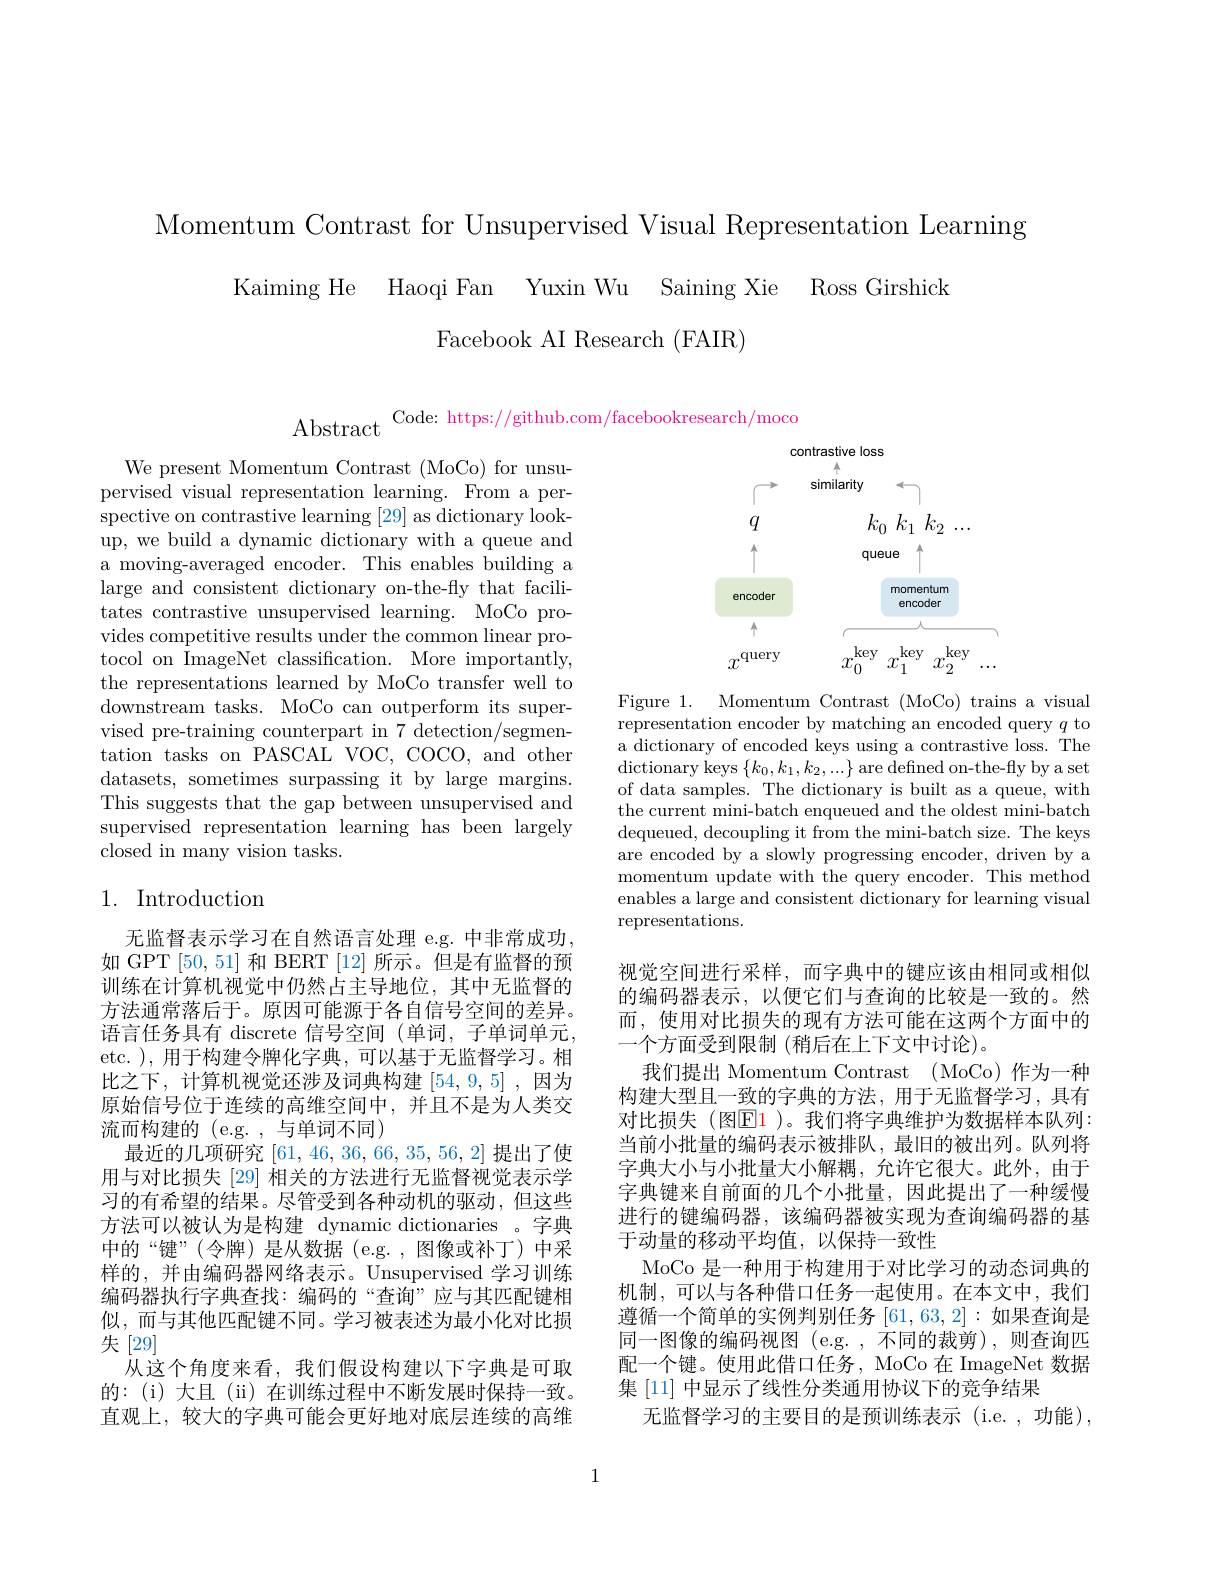
Momentum Contrast for Unsupervised Visual Representation Learning
Kaiming He Haoqi Fan Yuxin Wu Saining Xie Ross Girshick
Facebook AI Research (FAIR)

$\mathrm{Abstract}^{\mathrm{Code:~https://github.com/facebookresearch/moco}}$

We present Momentum Contrast (MoCo) for unsupervised visual representation learning. From a perspective on contrastive learning [29] as dictionary lookup, we build a dynamic dictionary with a queue and a moving-averaged encoder. This enables building a large and consistent dictionary on-the-fly that facilitates contrastive unsupervised learning. MoCo provides competitive results under the common linear protocol on ImageNet classification. More importantly, the representations learned by MoCo transfer well to downstream tasks. MoCo can outperform its supervised pre-training counterpart in 7 detection/segmentation tasks on PASCAL VOC, COCO, and other datasets, sometimes surpassing it by large margins. This suggests that the gap between unsupervised and supervised representation learning has been largely closed in many vision tasks.

## 1. Introduction

无监督表示学习在自然语言处理 e.g. 中非常成功如 GPT [50,51]和 BERT [12]所示。但是有监督的预训练在计算机视觉中仍然占主导地位，其中无监督的方法通常落后于。原因可能源于各自信号空间的差异。语言任务具有 discrete 信号空间 (单词，子单词单元， etc. ),用于构建令牌化字典，可以基于无监督学习。相比之下，计算机视觉还涉及词典构建[54,9,5],因为原始信号位于连续的高维空间中，并且不是为人类交流而构建的 (e.g. , 与单词不同)
最近的几项研究[61,46,36,66,35,56,2]提出了使用与对比损失[29] 相关的方法进行无监督视觉表示学习的有希望的结果。尽管受到各种动机的驱动，但这些方法可以被认为是构建 dynamic dictionaries 。字典中的“键”(令牌)是从数据(e.g.,图像或补丁)中采样的，并由编码器网络表示。Unsupervised 学习训练编码器执行字典查找：编码的“查询”应与其匹配键相似，而与其他匹配键不同。学习被表述为最小化对比损失[29]
从这个角度来看，我们假设构建以下字典是可取的：(i)大且(ii)在训练过程中不断发展时保持一致。直观上，较大的字典可能会更好地对底层连续的高维

<FigureHere>

Figure 1. Momentum Contrast (MoCo) trains a visual representation encoder by matching an encoded query $q$ to a dictionary of encoded keys using a contrastive loss. The $\operatorname*{dictionary}$keys$\left\{k_0,k_1,k_2,...\right\}$are defined on-the-fly by a set of data samples. The dictionary is built as a queue, with the current mini-batch enqueued and the oldest mini-batch dequeued, decoupling it from the mini-batch size. The keys are encoded by a slowly progressing encoder, driven by a momentum update with the query encoder. This method enables a large and consistent dictionary for learning visual representations.

视觉空间进行采样，而字典中的键应该由相同或相似的编码器表示，以便它们与查询的比较是一致的。然而，使用对比损失的现有方法可能在这两个方面中的一个方面受到限制 (稍后在上下文中讨论)。
我们提出 Momentum Contrast (MoCo) 作为一种构建大型且一致的字典的方法，用于无监督学习，具有对比损失(图$\color{red}{\mathrm{E}}\color{red}{\mathrm{1}}$)。我们将字典维护为数据样本队列： 当前小批量的编码表示被排队，最旧的被出列。队列将字典大小与小批量大小解耦，允许它很大。此外，由于字典键来自前面的几个小批量，因此提出了一种缓慢进行的键编码器，该编码器被实现为查询编码器的基于动量的移动平均值，以保持一致性
MoCo 是一种用于构建用于对比学习的动态词典的机制，可以与各种借口任务一起使用。在本文中，我们遵循一个简单的实例判别任务[61,63,2]:如果查询是同一图像的编码视图 (e.g. ,不同的裁剪),则查询匹配一个键。使用此借口任务，MoCo 在 ImageNet 数据集 [11] 中显示了线性分类通用协议下的竞争结果
无监督学习的主要目的是预训练表示 (i.e.,功能),

1